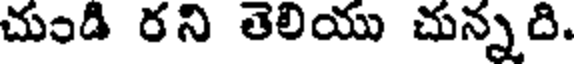
చుండి రని తెలియు చున్నది.